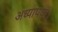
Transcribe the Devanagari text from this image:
अध्यापक।